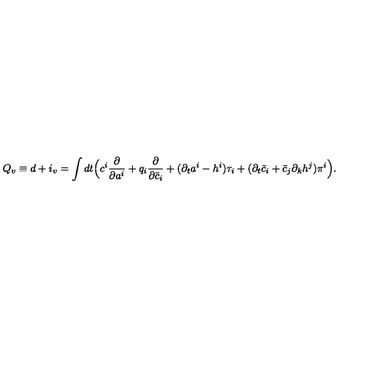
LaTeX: Q _ { v } \equiv d + i _ { v } = \int d t \Bigl ( c ^ { i } \frac { \partial } { \partial a ^ { i } } + q _ { i } \frac { \partial } { \partial \bar { c } _ { i } } + ( \partial _ { t } a ^ { i } - h ^ { i } ) \tau _ { i } + ( \partial _ { t } \bar { c } _ { i } + \bar { c } _ { j } \partial _ { k } h ^ { j } ) \pi ^ { i } \Bigr ) .